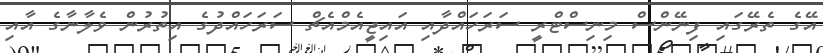
އޭގެ ތެރޭގައި ފިނޭންސް މިނިސްޓްރީ ސަރަހައްދާއި އައިޖީއެމްއެޗް ސަރަހައްދުގެ އިތުރުން ވެލާނާގެ އާއި